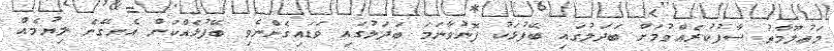
މަޢުލޫމާތު ސާފުކުރެއްވުމަށް ބަދަލުގައި ބޭފުޅަކު ފޮނުވާނަމަ ބަދަލުގައި ވަޑައިގެންނެވި ބޭފުޅެއްކަން އެނގޭނެ ލިޔުމެއް